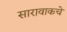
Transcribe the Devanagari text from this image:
सारावाकचे